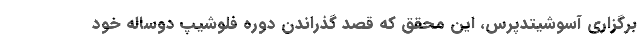
برگزاری آسوشیتدپرس، این محقق که قصد گذراندن دوره فلوشیپ دوساله خود